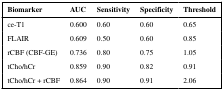
<table><thead><tr><td><b>Biomarker</b></td><td><b>AUC</b></td><td><b>Sensitivity</b></td><td><b>Specificity</b></td><td><b>Threshold</b></td></tr></thead><tbody><tr><td>ce-T1</td><td>0.600</td><td>0.60</td><td>0.60</td><td>0.65</td></tr><tr><td>FLAIR</td><td>0.609</td><td>0.50</td><td>0.60</td><td>0.85</td></tr><tr><td>rCBF (CBF-GE)</td><td>0.736</td><td>0.80</td><td>0.75</td><td>1.05</td></tr><tr><td>tCho/hCr</td><td>0.859</td><td>0.90</td><td>0.82</td><td>0.91</td></tr><tr><td>tCho/hCr + rCBF</td><td>0.864</td><td>0.90</td><td>0.91</td><td>2.06</td></tr></tbody></table>